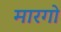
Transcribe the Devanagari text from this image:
मारगो